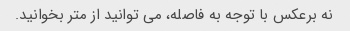
نه برعکس با توجه به فاصله، می توانید از متر بخوانید.